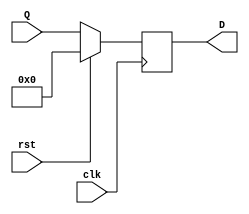
module flip_flop(Q,clk,D,rst);
input [31:0]Q;
input clk;
input rst;
output reg [31:0]D;

always@(posedge clk)
if(rst == 1)
begin
D <= 'd0;
end
else
begin
D<=Q;
end
endmodule